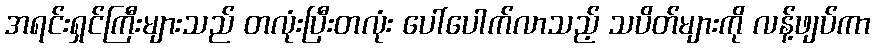
အရင်းရှင်ကြီးများသည် တလုံးပြီးတလုံး ပေါ်ပေါက်လာသည့် သပိတ်များကို လန့်ဖျပ်ကာ